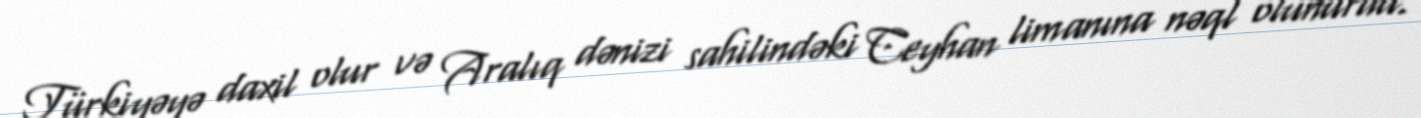
Türkiyəyə daxil olur və Aralıq dənizi sahilindəki Ceyhan limanına nəql olunurdu.